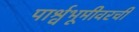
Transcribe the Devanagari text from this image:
पार्श्वभूमीवरची